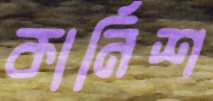
কার্নিশ